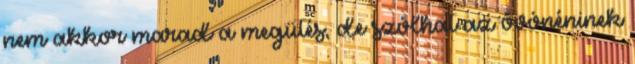
nem akkor marad a megütés, de szólhat az óvónéninek